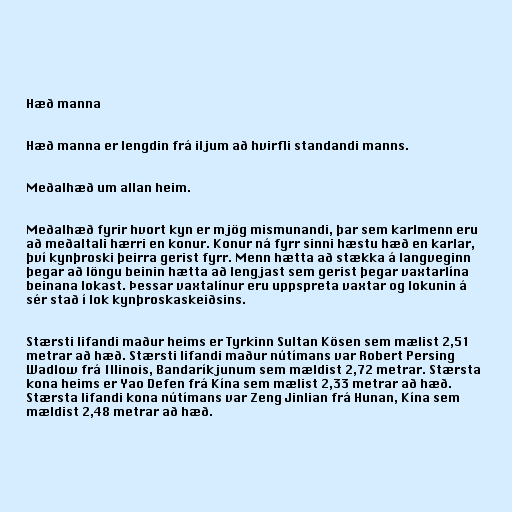
Hæð manna

Hæð manna er lengdin frá iljum að hvirfli standandi manns.

Meðalhæð um allan heim.

Meðalhæð fyrir hvort kyn er mjög mismunandi, þar sem karlmenn eru
að meðaltali hærri en konur. Konur ná fyrr sinni hæstu hæð en karlar,
því kynþroski þeirra gerist fyrr. Menn hætta að stækka á langveginn
þegar að löngu beinin hætta að lengjast sem gerist þegar vaxtarlína
beinana lokast. Þessar vaxtalínur eru uppspreta vaxtar og lokunin á
sér stað í lok kynþroskaskeiðsins.

Stærsti lifandi maður heims er Tyrkinn Sultan Kösen sem mælist 2,51
metrar að hæð. Stærsti lifandi maður nútímans var Robert Persing
Wadlow frá Illinois, Bandaríkjunum sem mældist 2,72 metrar. Stærsta
kona heims er Yao Defen frá Kína sem mælist 2,33 metrar að hæð.
Stærsta lifandi kona nútímans var Zeng Jinlian frá Hunan, Kína sem
mældist 2,48 metrar að hæð.